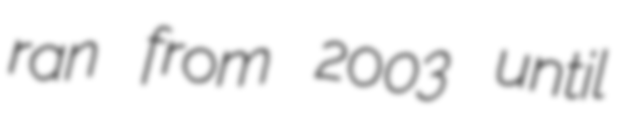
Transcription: ran from 2003 until